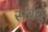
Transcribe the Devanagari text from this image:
संबंधु